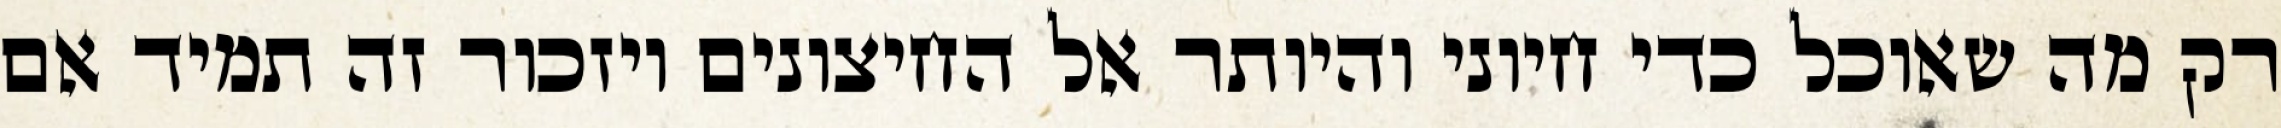
רק מה שאוכל כדי חיוני והיותר אל החיצונים ויזכור זה תמיד אם